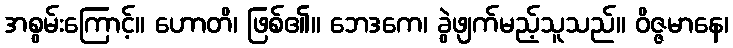
အစွမ်းကြောင့်။ ဟောတိ၊ ဖြစ်၏။ ဘေဒကေ၊ ခွဲဖျက်မည့်သူသည်။ ဝိဇ္ဇမာနေ၊